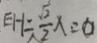
E H = \frac { \sqrt { 2 } } { 2 } x = 0